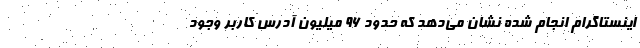
اینستاگرام انجام شده نشان می‌دهد که حدود 96 میلیون آدرس کاربر وجود